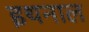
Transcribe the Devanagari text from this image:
इथनाल